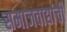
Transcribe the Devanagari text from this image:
समाजवाद्यांची